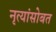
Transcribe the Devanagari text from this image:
नृत्यांसोबत